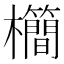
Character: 𣠰